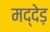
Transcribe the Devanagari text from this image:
मद्देड़